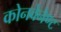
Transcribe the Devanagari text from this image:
कोनवेनेण्ट